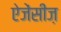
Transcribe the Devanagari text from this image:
ऐजेंसीज़